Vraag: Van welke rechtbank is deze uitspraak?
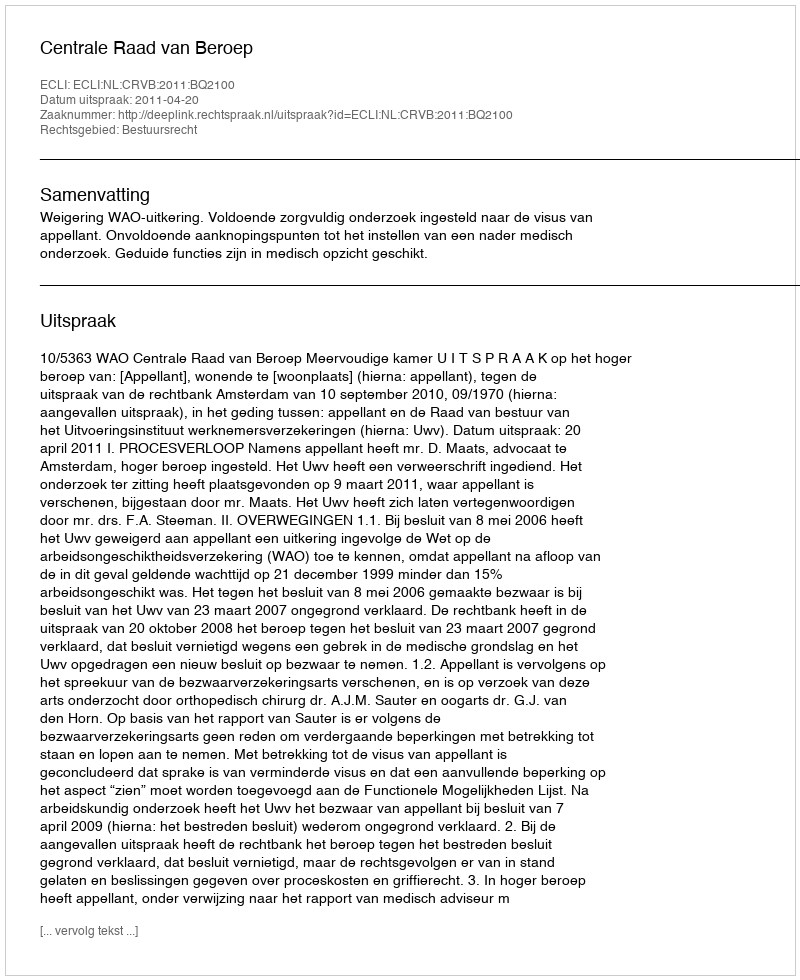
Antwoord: Centrale Raad van Beroep